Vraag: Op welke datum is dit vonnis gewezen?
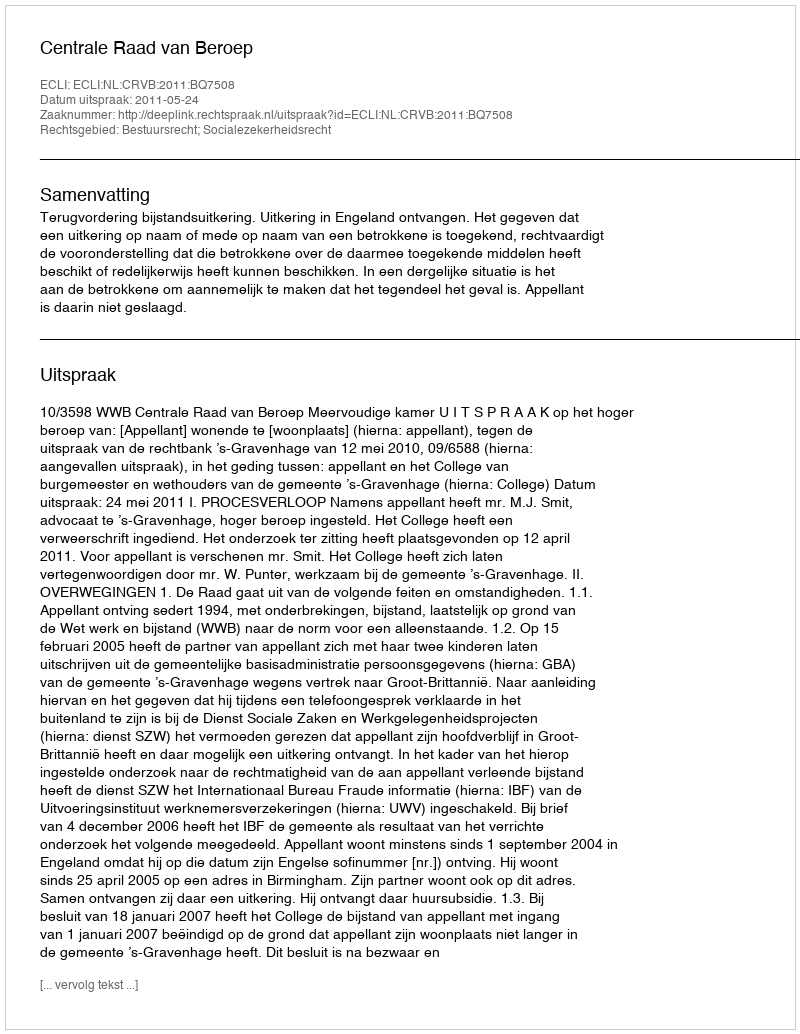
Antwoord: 2011-05-24